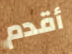
أقدم